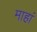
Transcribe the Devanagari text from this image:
माहां